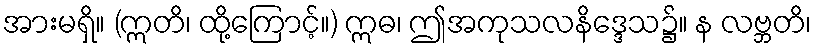
အားမရှိ။ (ဣတိ၊ ထို့ကြောင့်။) ဣဓ၊ ဤအကုသလနိဒ္ဒေသ၌။ န လဗ္ဘတိ၊